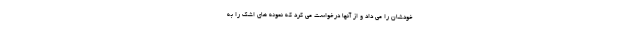
خودشان را می داد و از آنها درخواست می کرد که نمونه های اشک را به